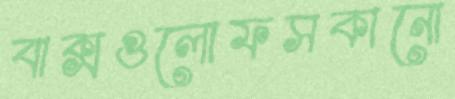
বাক্সগুলোফসকানো